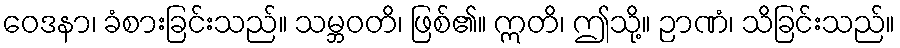
ဝေဒနာ၊ ခံစားခြင်းသည်။ သမ္ဘဝတိ၊ ဖြစ်၏။ ဣတိ၊ ဤသို့။ ဉာဏံ၊ သိခြင်းသည်။